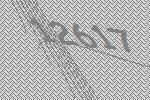
12617